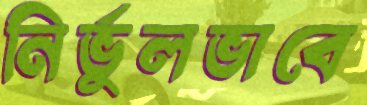
নির্ভুলভাবে